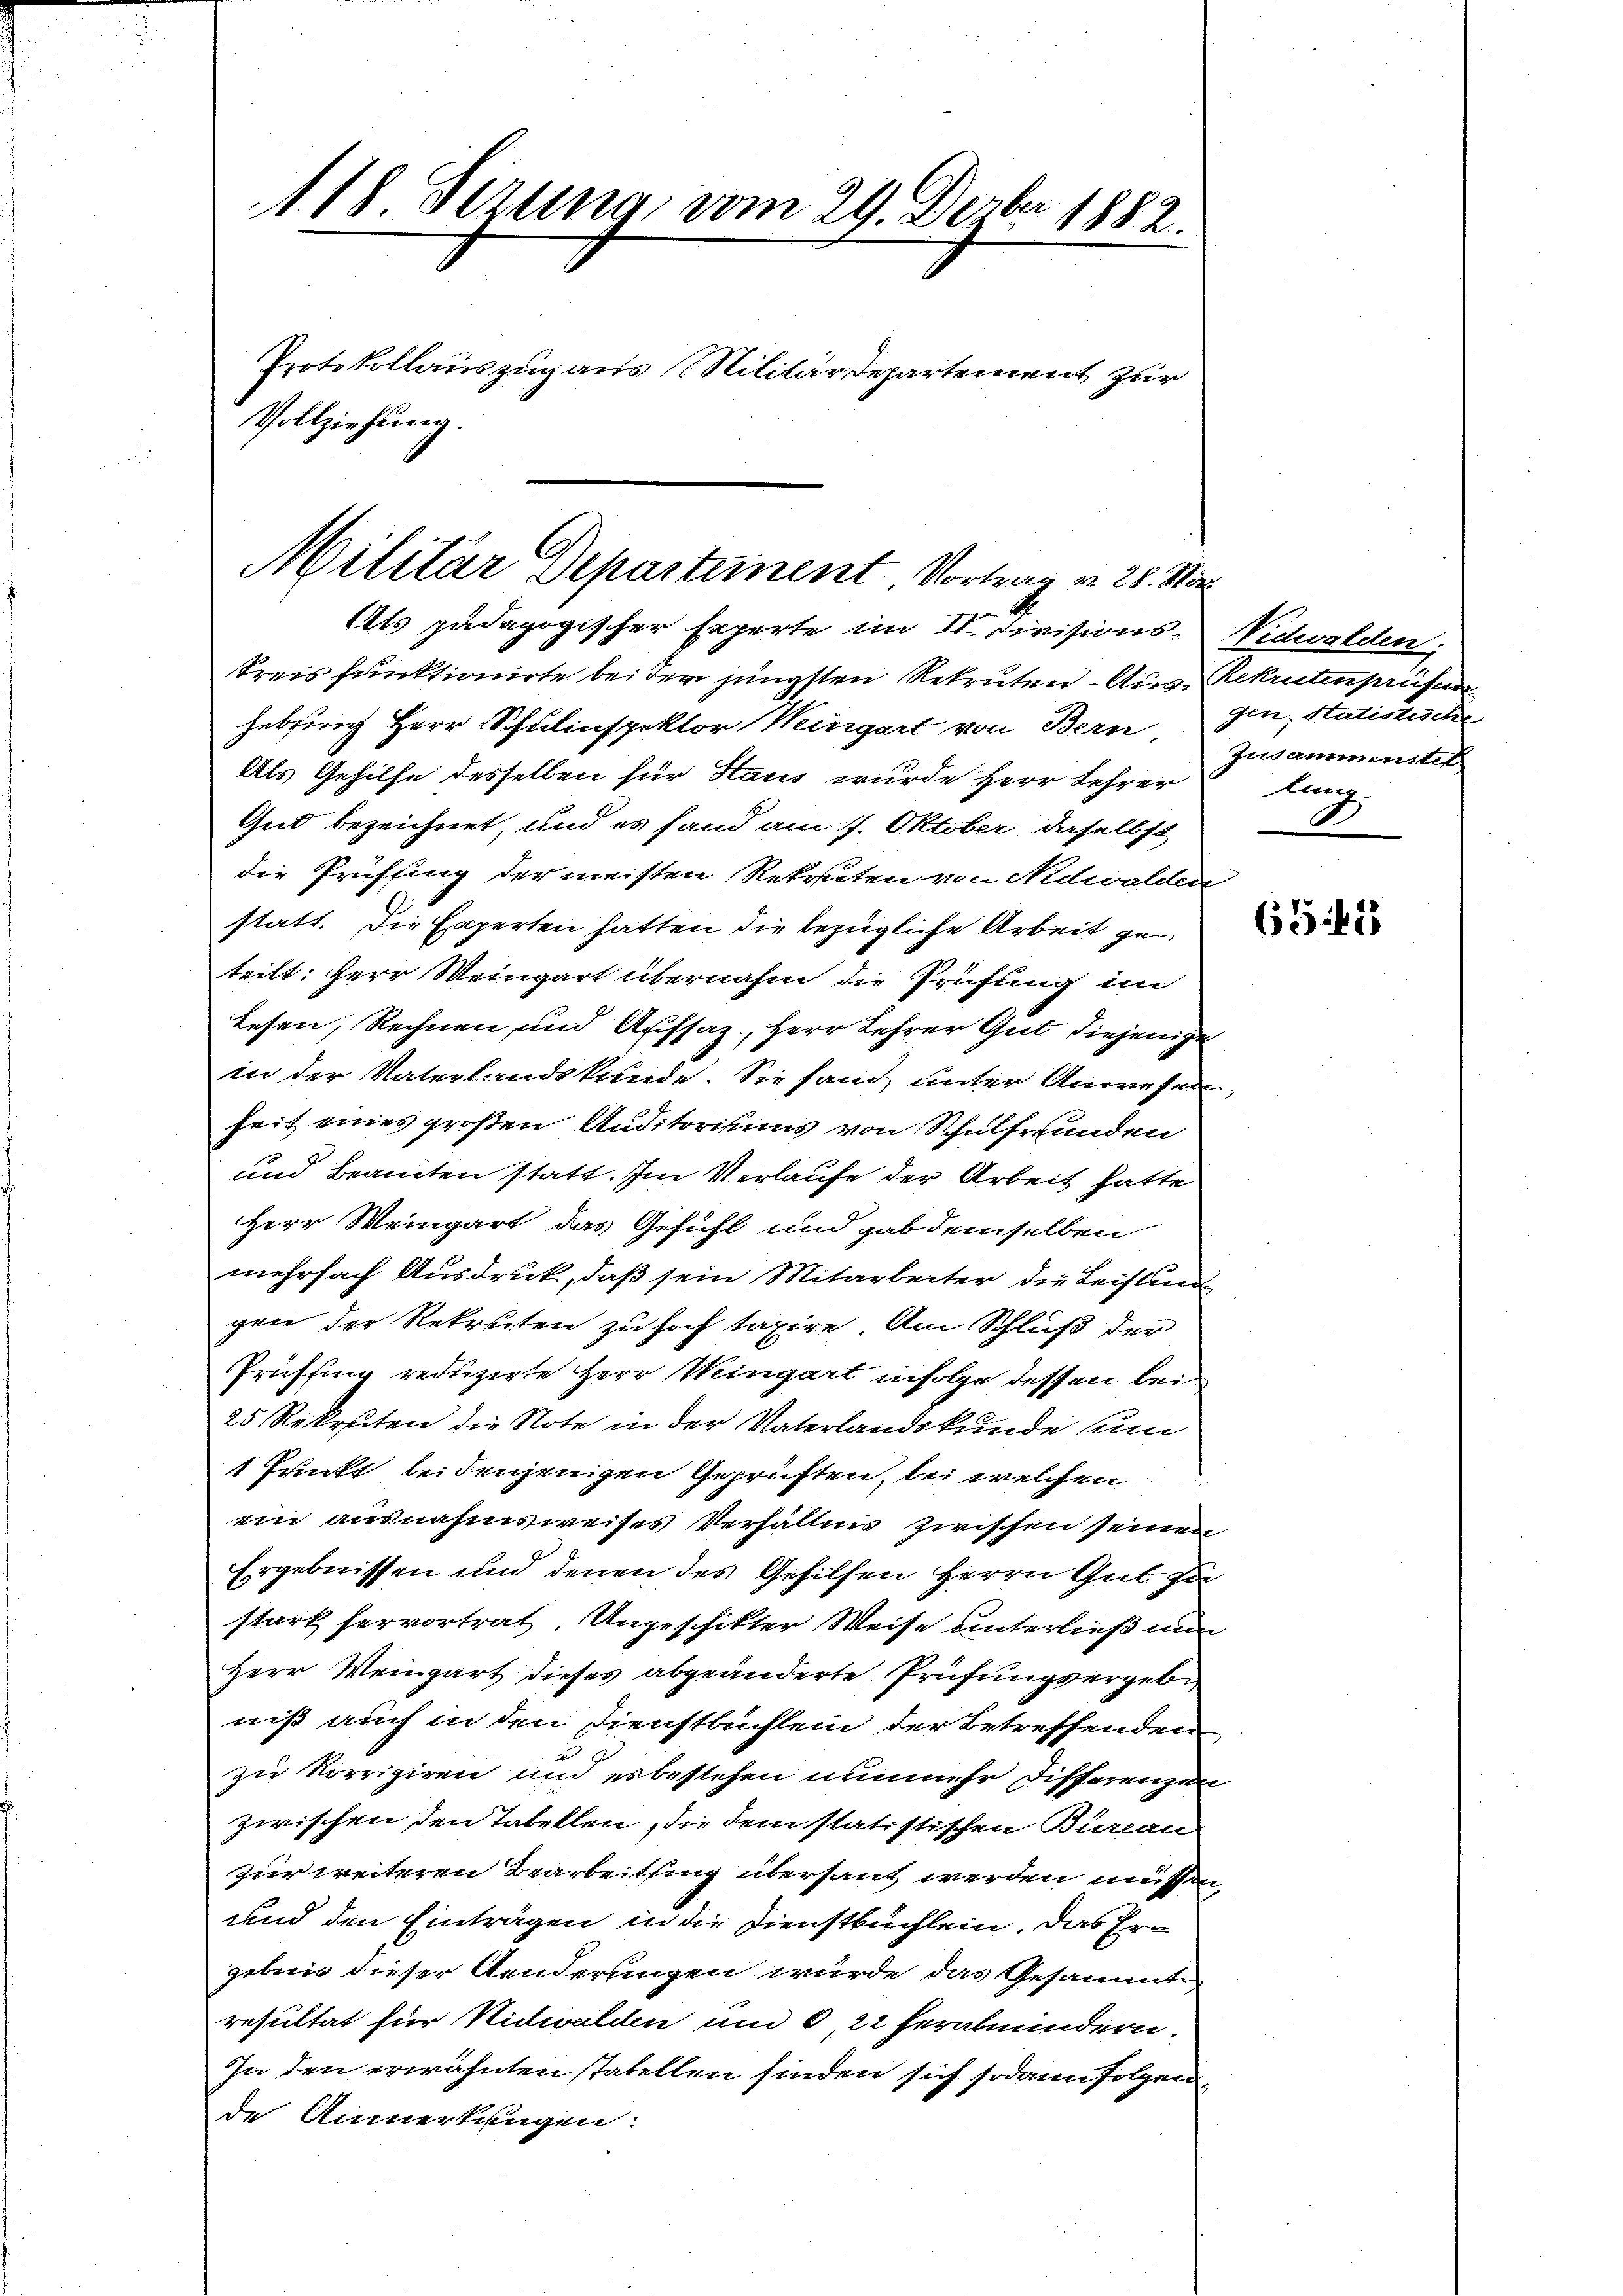
118. Setzung vom 29. Dezbr 1882.
Protokollauszug aus Militärdepartement zur
Vollziehung.

Militar Departement. Vortrag v. 28. Nor

Als pädagogischer Experte im II. Divisions-
tien funktionirte bei der jüngsten Rekruten-Aushebsing Herr Schulinspektor Weingert von Bern
Als Gehilfe desselben für Stand wurde Herr Lehrer
Gut bezeichnet, und es fand am 7. Oktober, daselbst
die Prüffung der meisten Rekruten von Nidwalder
statt. Die Experten hatten die bezügliche Arbeit geteilt: Herr Meingart übernahm die Prüfung im
Lesen, Rechnen und Aufsaz, Herr Lehrer Gut diejenige
in der Vaterlandskunde. Sie fand unter Anwesen
heit eines großen Auditoriums von Schulfrunden
und Beamten statt. Im Verlaufe der Arbeit hatte
Herr Weingart das Gefühl und gab demselben
mehrfach Ausdruck, daß sein Mitarbeiter die Leistun
gen der Rekruten zu hoch taxire. Am Schluß der
Prüffung reduzirte Herr Mingart infolge dessen bei
25 Rekruten die Note in der Vaterlandskunde sum
1 Punkt bei denjenigen Geprüften, bei welchen
ein ausnahmsweises Verhältnis zwischen seiner
Ergebnissen und denen des Gehilfen Herrn Gut zu
stark hervortrat. Ungeschikter Weise unterließ nun
Herr Weingart dieses abgeänderte Prüfungsergebn
niß auch in den Dienstbuchlein der Betreffenden
5
zu korrigiren und erbestehen nunmehr disserenzen
Zwischen den Tabellen, die dem statistischen Burlan
zur weiteren Bearbeitsing übersant werden müssen,
und den Einträgen in die Dienstbuchlein. Das Er-
gebnis dieser Aenderungen würde das Gesammte
resultat für Nidwalden und 6, 22 herabmindern.
In den erwähnten statellen finden sich sodann folgen
de Anmerkungen:

Vidwalden.
Rekrutenprüfen
Jen. Sutistische
Zusammenstel
tun
F

654